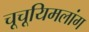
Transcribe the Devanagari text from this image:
चूचूयिमलांग